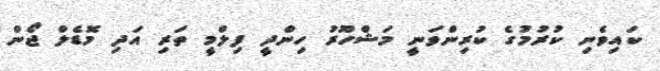
ކައިވެނި ކުރުމުގެ ކުރިންވަނީ މަޝްހޫރު ހިންދީ ފިލްމީ ތަރި އަދި މޮޑެލް ޖޯން